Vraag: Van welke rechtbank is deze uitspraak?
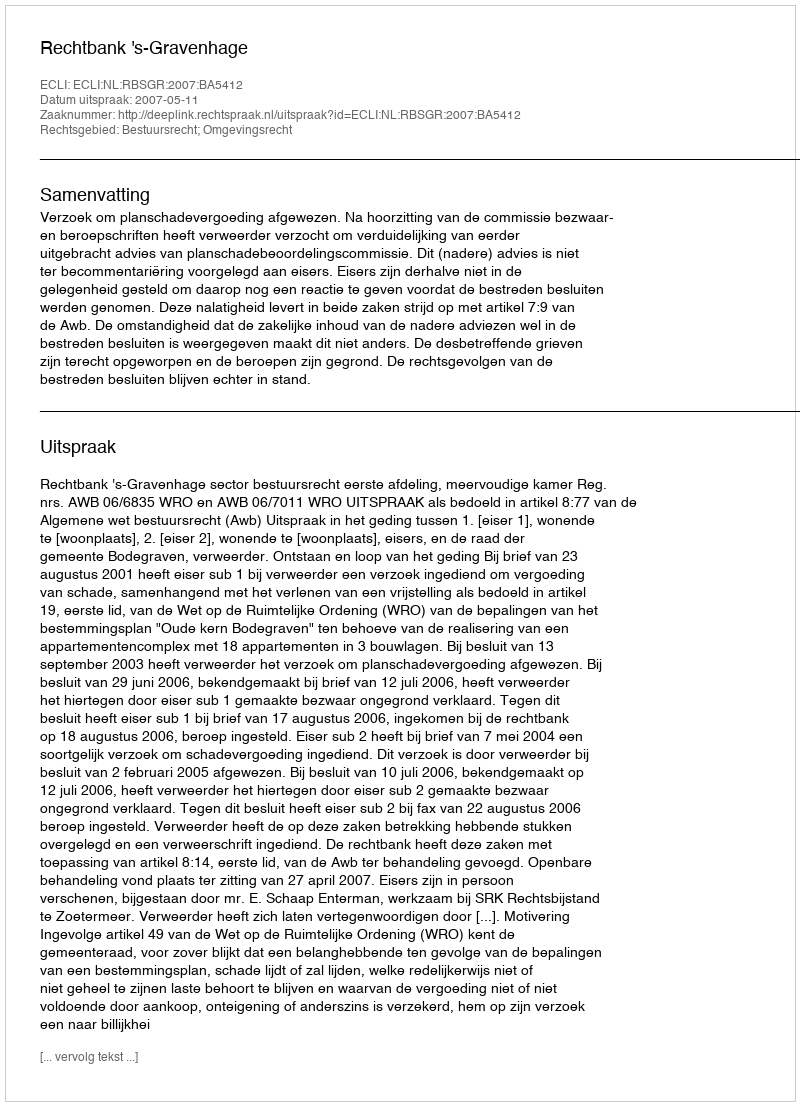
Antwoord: Rechtbank 's-Gravenhage